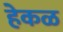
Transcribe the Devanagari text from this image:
हेकळ